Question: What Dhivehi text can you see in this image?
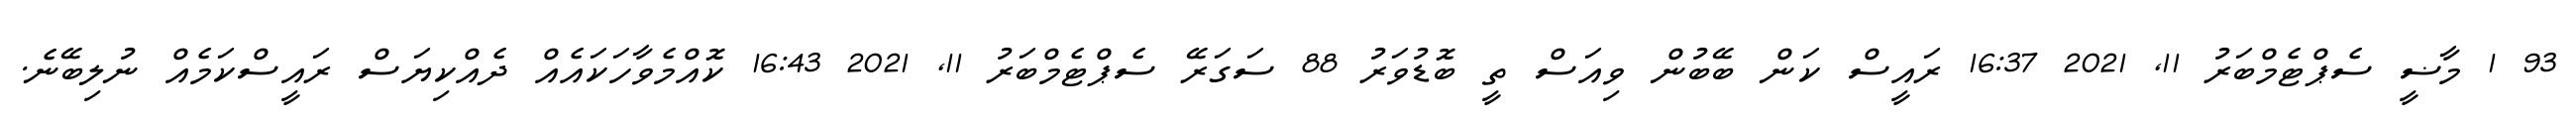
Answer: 93 1 މާޟީ ސެޕްޓެމްބަރު 11, 2021 16:37 ރައީސް ކަން ބޭބުން ވިއަސް ތީ ބޮޑުވަރު 88 ސަގަރޭ ސެޕްޓެމްބަރު 11, 2021 16:43 ކޮއްމެވާހަކައެއް ދެއްކިޔަސް ރައީސްކަމެއް ނުލިބޭނެ.